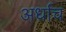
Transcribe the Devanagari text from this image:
अर्धाच